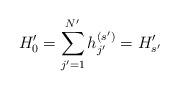
LaTeX: \begin{align*}H_0' = \sum _{j'=1}^{N'}h_{j'}^{(s')} =H'_{s'} \end{align*}